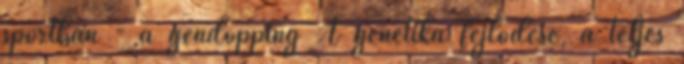
sportban - a géndopping A genetika fejlődése, a teljes